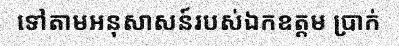
ទៅតាមអនុសាសន៍របស់ឯកឧត្តម ប្រាក់